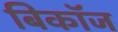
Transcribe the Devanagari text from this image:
बिकॉज